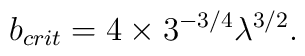
b_{crit}=4\times 3^{-3/4}\lambda ^{3/2}.